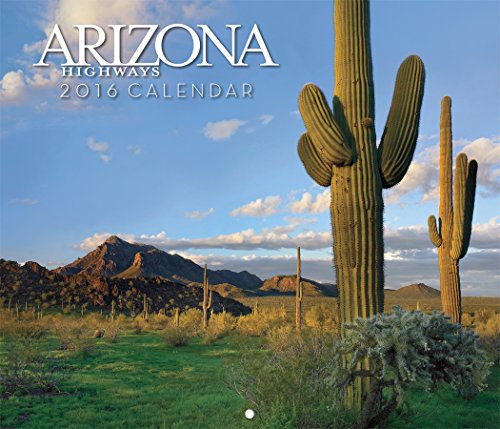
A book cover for Arizona Highways 2016 Scenic Wall Calendar; Arizona Highways; Calendars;